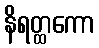
နိရတ္ထကော